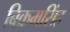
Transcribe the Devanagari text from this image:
बिक्रमसिंह